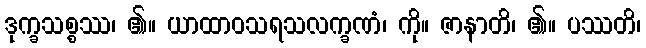
ဒုက္ခသစ္စဿ၊ ၏။ ယာထာဝသရသလက္ခဏံ၊ ကို။ ဇာနာတိ၊ ၏။ ပဿတိ၊